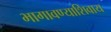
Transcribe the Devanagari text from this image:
भागावण्याशिवाय